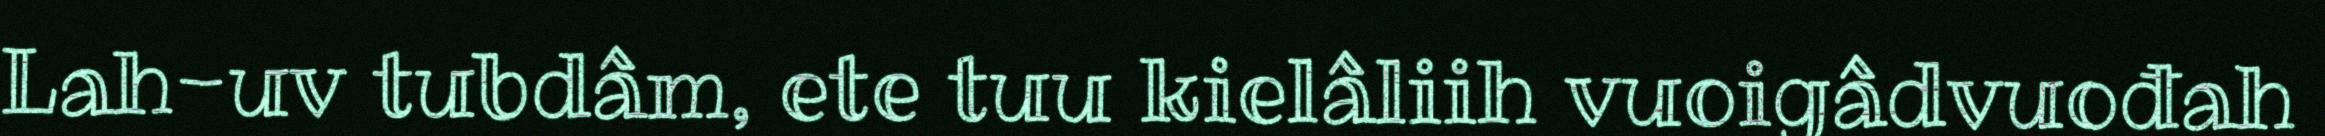
Lah-uv tubdâm, ete tuu kielâliih vuoigâdvuođah